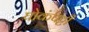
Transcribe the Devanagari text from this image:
घोकंपट्टी